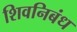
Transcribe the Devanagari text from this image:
शिवनिबंध